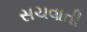
સચવાતી